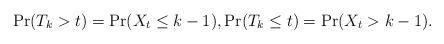
LaTeX: \begin{align*}\begin{aligned}\Pr(T_k > t) = \Pr(X_t \le k - 1), \Pr(T_k \le t) = \Pr(X_t > k - 1). \end{aligned}\end{align*}